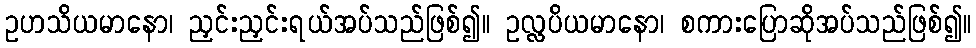
ဥဟသိယမာနော၊ ညှင်းညှင်းရယ်အပ်သည်ဖြစ်၍။ ဥလ္လပိယမာနော၊ စကားပြောဆိုအပ်သည်ဖြစ်၍။